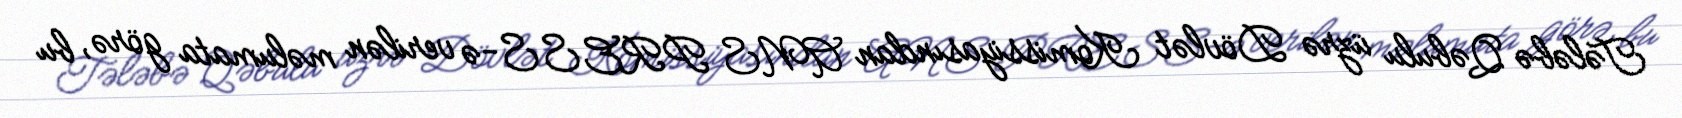
Tələbə Qəbulu üzrə Dövlət Komissiyasından ANS PRESS-ə verilən məlumata görə, bu